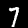
Digit: 7